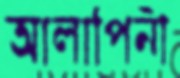
আলাপিনী